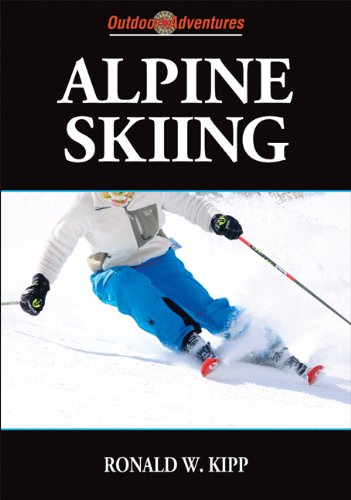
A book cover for Alpine Skiing (Outdoor Adventures Series); Ronald Kipp; Sports & Outdoors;